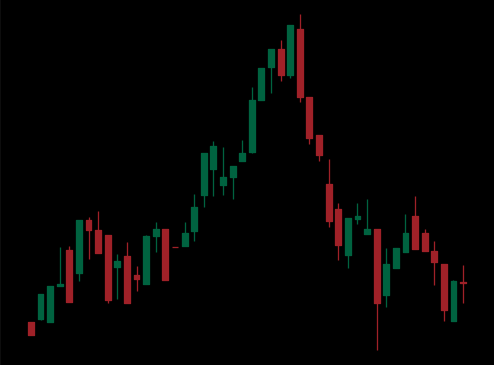
Pattern: head_shoulders